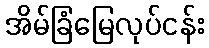
အိမ်ခြံမြေလုပ်ငန်း